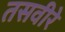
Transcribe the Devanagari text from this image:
तसवीरे